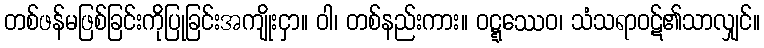
တစ်ဖန်မဖြစ်ခြင်းကိုပြုခြင်းအကျိုးငှာ။ ဝါ၊ တစ်နည်းကား။ ဝဋ္ဋဿေဝ၊ သံသရာဝဋ်၏သာလျှင်။